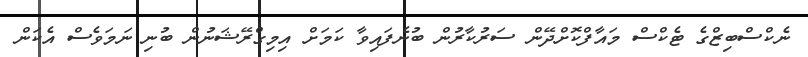
ނެކްސްބިޒްގެ ޓެކްސް މައާފްކޮށްދޭން ސަރުކާރުން ބުނެފައިވާ ކަމަށް އިމިގްރޭޝަނުން ބުނި ނަމަވެސް އެކަން